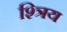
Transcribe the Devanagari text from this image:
श्त्रिय